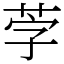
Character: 茡